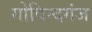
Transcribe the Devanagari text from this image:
गोविन्‍दगंज